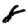
Digit: 8